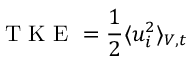
\textrm { T K E } = \frac { 1 } { 2 } \langle u _ { i } ^ { 2 } \rangle _ { V , t }